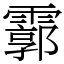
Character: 霩